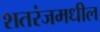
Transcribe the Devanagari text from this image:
शतरंजमधील